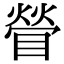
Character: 䁝